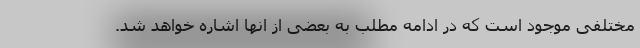
مختلفی موجود است که در ادامه مطلب به بعضی از انها اشاره خواهد شد.